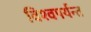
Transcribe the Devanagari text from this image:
विश्वपर्यन्त